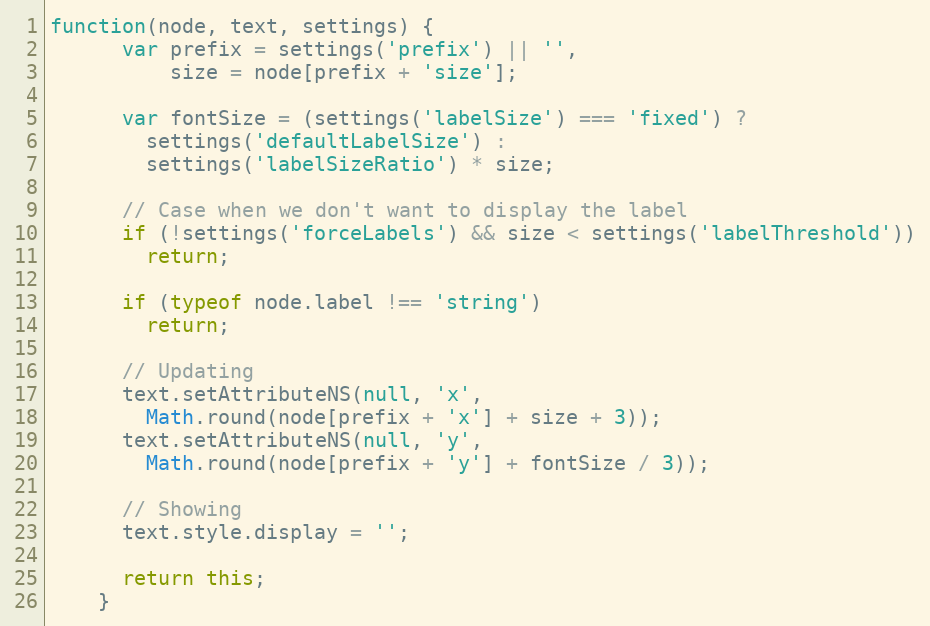
Language: JavaScript
function(node, text, settings) {
      var prefix = settings('prefix') || '',
          size = node[prefix + 'size'];

      var fontSize = (settings('labelSize') === 'fixed') ?
        settings('defaultLabelSize') :
        settings('labelSizeRatio') * size;

      // Case when we don't want to display the label
      if (!settings('forceLabels') && size < settings('labelThreshold'))
        return;

      if (typeof node.label !== 'string')
        return;

      // Updating
      text.setAttributeNS(null, 'x',
        Math.round(node[prefix + 'x'] + size + 3));
      text.setAttributeNS(null, 'y',
        Math.round(node[prefix + 'y'] + fontSize / 3));

      // Showing
      text.style.display = '';

      return this;
    }